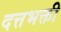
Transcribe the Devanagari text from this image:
दत्तभक्ती